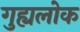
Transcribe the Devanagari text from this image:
गुह्यलोक